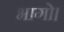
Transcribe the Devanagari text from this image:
भागो।